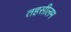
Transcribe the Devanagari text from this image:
तहसीलम